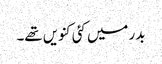
بدر میں کئی کنویں تھے۔